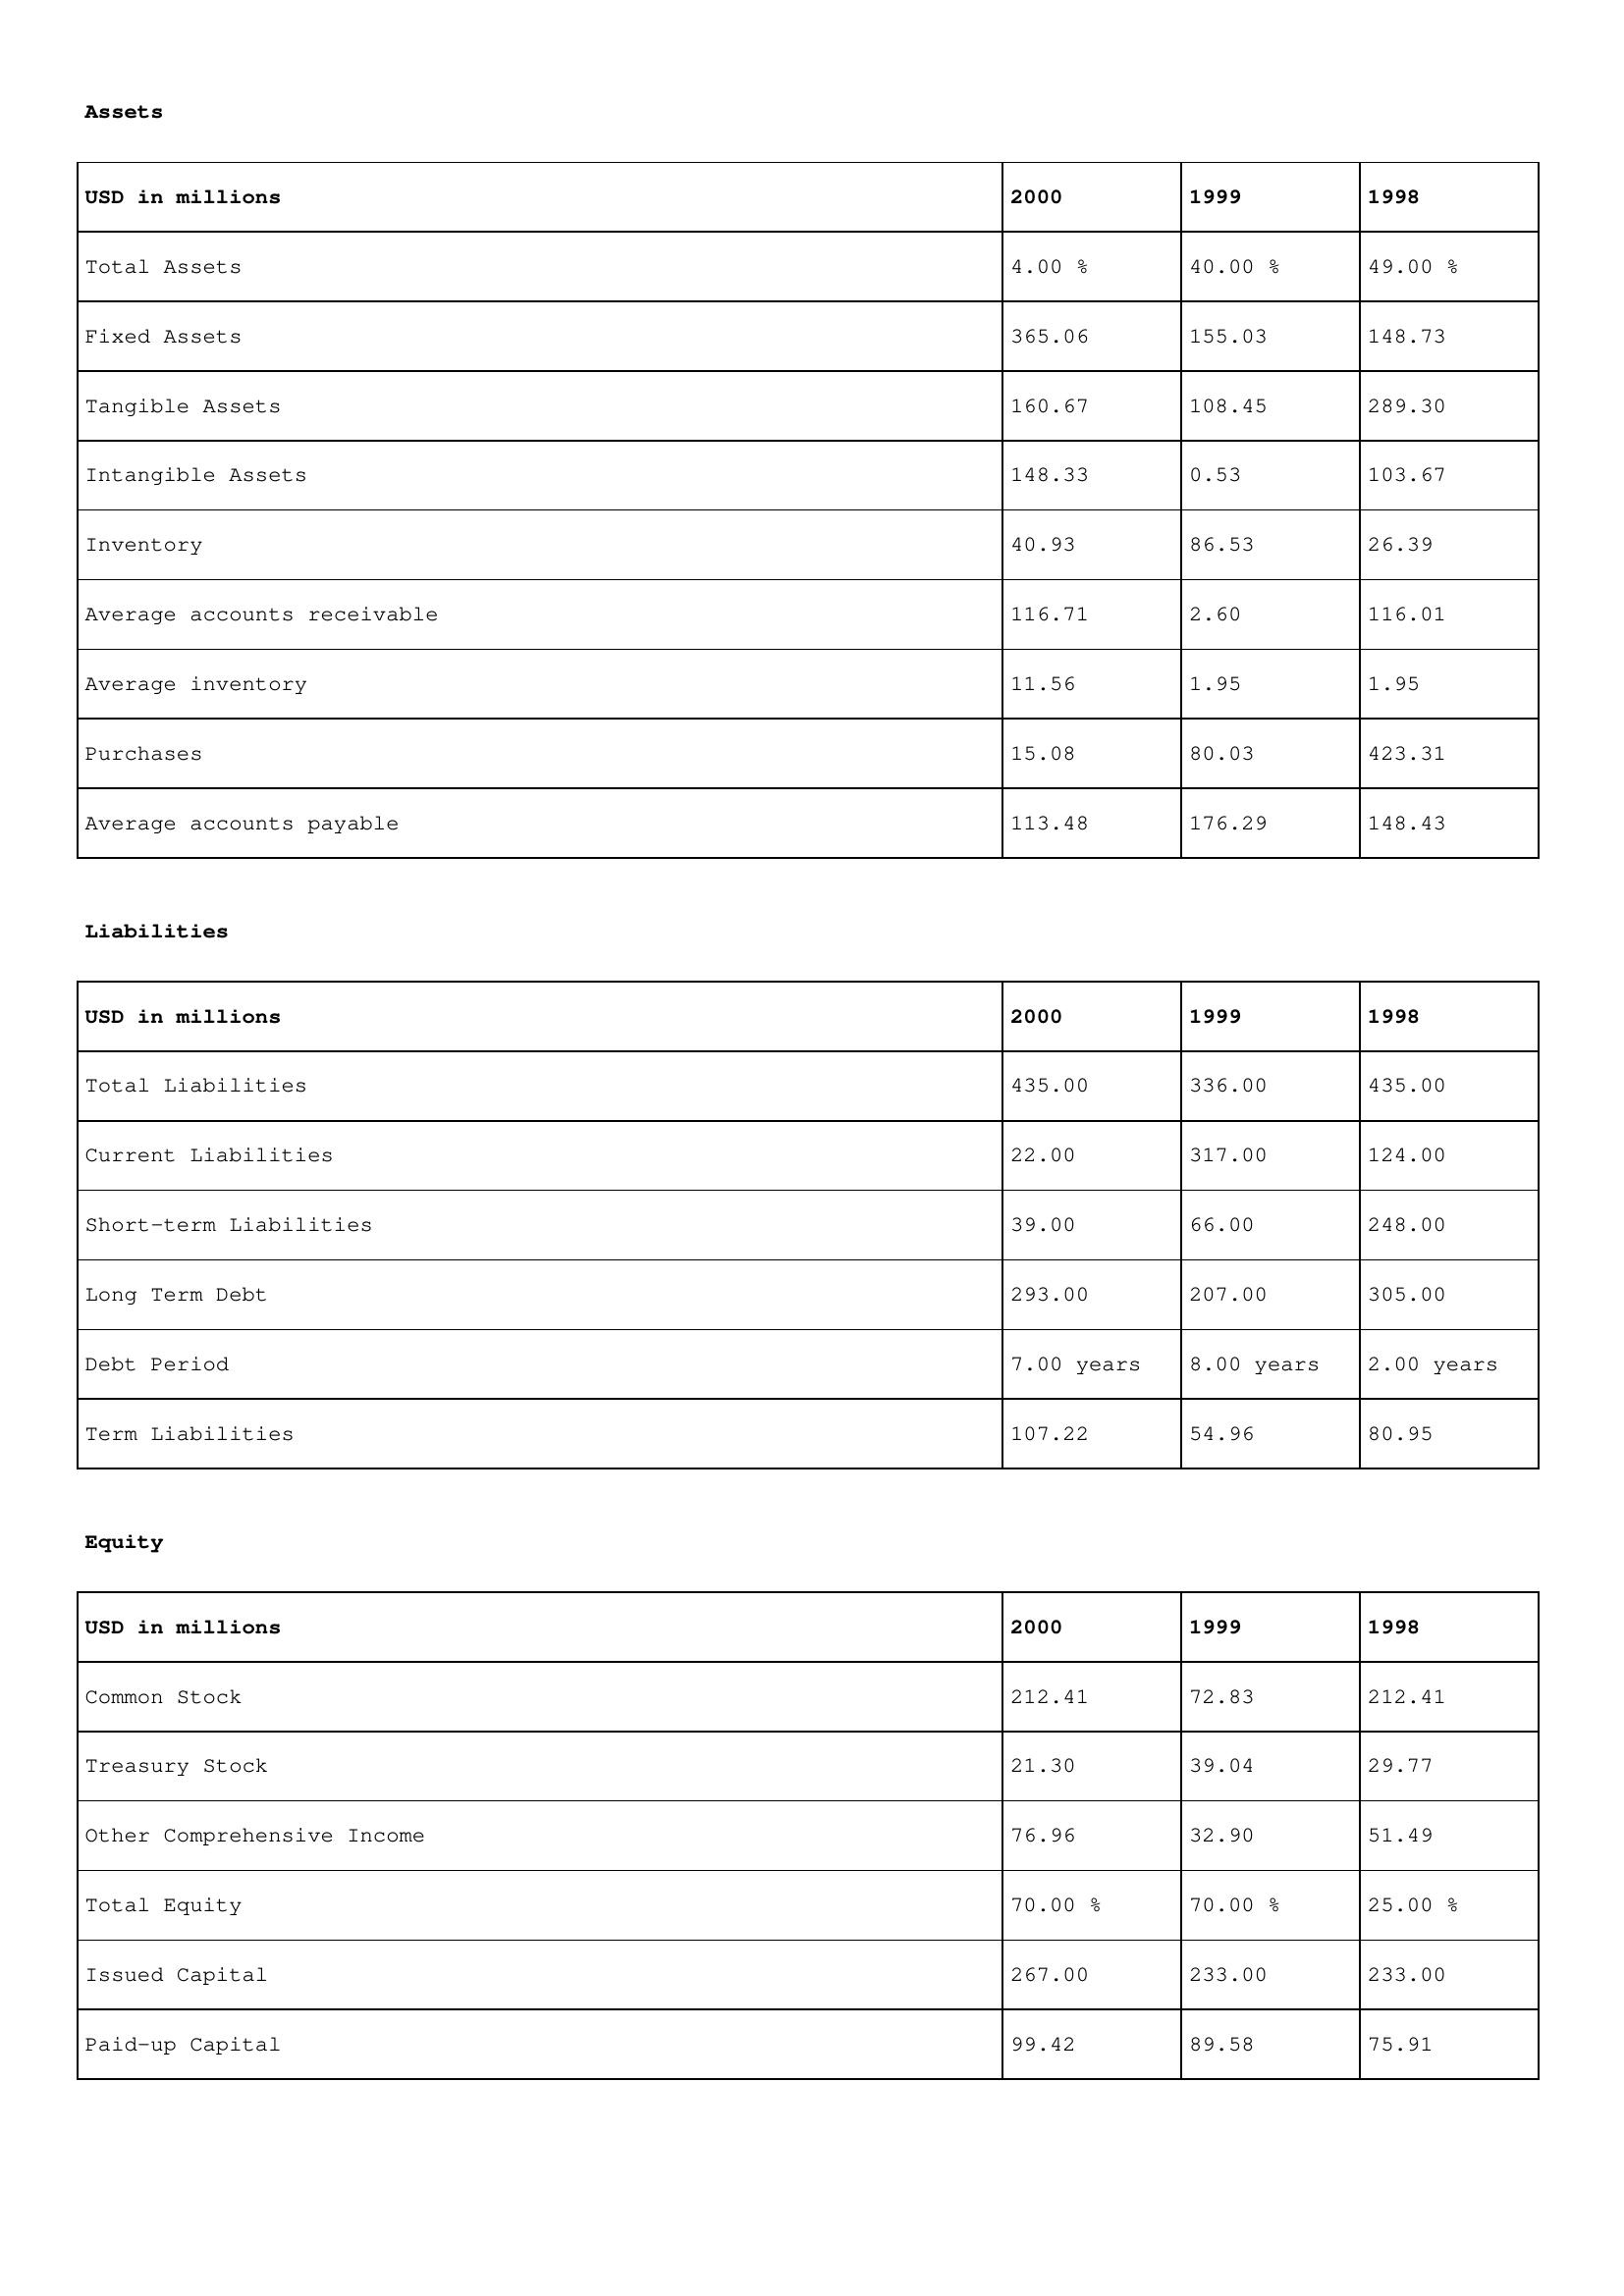
gt_parse: 2000: Assets: Total Assets: 4.00 %
Fixed Assets: 365.06
Tangible Assets: 160.67
Intangible Assets: 148.33
Inventory: 40.93
Average accounts receivable: 116.71
Average inventory: 11.56
Purchases: 15.08
Average accounts payable: 113.48
Liabilities: Total Liabilities: 435.00
Current Liabilities: 22.00
Short-term Liabilities: 39.00
Long Term Debt: 293.00
Debt Period: 7.00 years
Term Liabilities: 107.22
Equity: Common Stock: 212.41
Treasury Stock: 21.30
Other Comprehensive Income: 76.96
Total Equity: 70.00 %
Issued Capital: 267.00
Paid-up Capital: 99.42
1999: Assets: Total Assets: 40.00 %
Fixed Assets: 155.03
Tangible Assets: 108.45
Intangible Assets: 0.53
Inventory: 86.53
Average accounts receivable: 2.60
Average inventory: 1.95
Purchases: 80.03
Average accounts payable: 176.29
Liabilities: Total Liabilities: 336.00
Current Liabilities: 317.00
Short-term Liabilities: 66.00
Long Term Debt: 207.00
Debt Period: 8.00 years
Term Liabilities: 54.96
Equity: Common Stock: 72.83
Treasury Stock: 39.04
Other Comprehensive Income: 32.90
Total Equity: 70.00 %
Issued Capital: 233.00
Paid-up Capital: 89.58
1998: Assets: Total Assets: 49.00 %
Fixed Assets: 148.73
Tangible Assets: 289.30
Intangible Assets: 103.67
Inventory: 26.39
Average accounts receivable: 116.01
Average inventory: 1.95
Purchases: 423.31
Average accounts payable: 148.43
Liabilities: Total Liabilities: 435.00
Current Liabilities: 124.00
Short-term Liabilities: 248.00
Long Term Debt: 305.00
Debt Period: 2.00 years
Term Liabilities: 80.95
Equity: Common Stock: 212.41
Treasury Stock: 29.77
Other Comprehensive Income: 51.49
Total Equity: 25.00 %
Issued Capital: 233.00
Paid-up Capital: 75.91